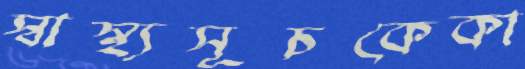
স্বাস্থ্যসূচকেকা